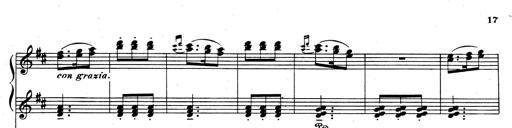
Title: Rhapsodie espagnole
Composer: Franz Liszt